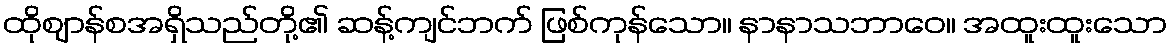
ထိုဈာန်စအရှိသည်တို့၏ ဆန့်ကျင်ဘက် ဖြစ်ကုန်သော။ နာနာသဘာဝေ။ အထူးထူးသော